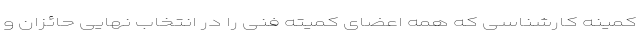
کمینه کارشناسی که همه اعضای کمیته فنی را در انتخاب نهایی حائزان و